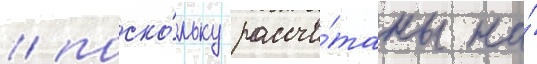
/ поско́льку рассчи́таны на́